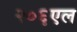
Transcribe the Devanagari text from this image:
२०६एल